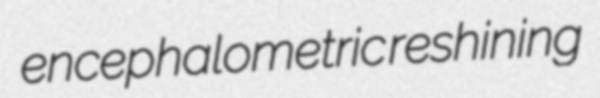
encephalometric reshining